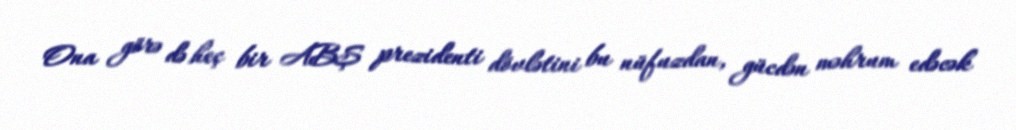
Ona görə də heç bir ABŞ prezidenti dövlətini bu nüfuzdan, gücdən məhrum edəcək